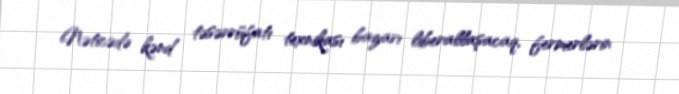
Nəticədə kənd təsərrüfatı texnikası bazarı liberallaşacaq, fermerlərin